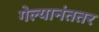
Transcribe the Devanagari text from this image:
गेल्यानंततर